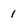
Character: 1